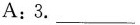
A:3.___